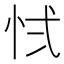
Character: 𭜚